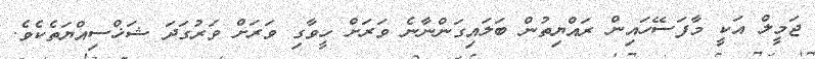
ޖަމީލް އަކީ މާފަސޭހައިން ރައްޔިތުން ބަލައިގަންނާނެ ވަރަށް ހީވާގި ވަރަށް ވަރުގަދަ ޝަޚްސިއްޔަތެކެވެ.